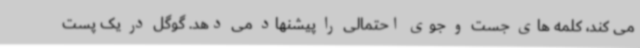
می کند، کلمه های جست و جوی احتمالی را پیشنهاد می دهد. گوگل در یک پست